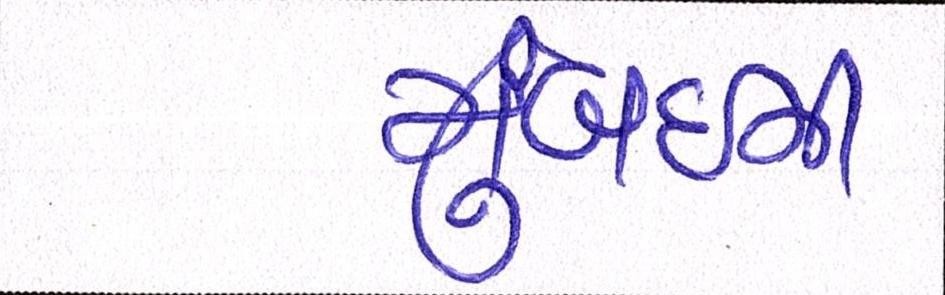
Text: મુંબઈની